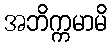
အဘိက္ကမာမိ